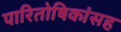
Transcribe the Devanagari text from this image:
पारितोषिकांसह